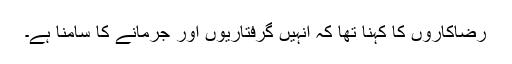
رضاکاروں کا کہنا تھا کہ انہیں گرفتاریوں اور جرمانے کا سامنا ہے۔